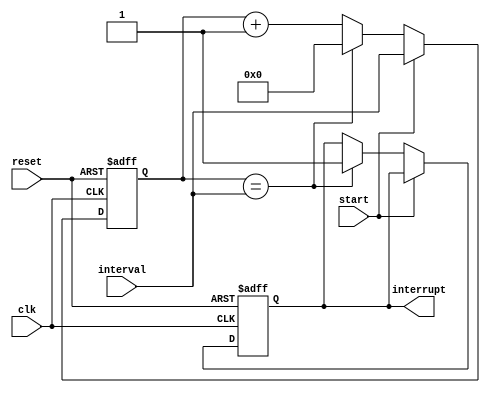
module interval_timer (
    input wire clk,
    input wire reset,
    input wire start,
    input wire [31:0] interval,
    output wire interrupt
);

reg [31:0] count;
reg sync_reset;

always @ (posedge clk or posedge reset) begin
    if (reset) begin
        count <= 32'd0;
        interrupt <= 1'b0;
    end else begin
        if (start) begin
            count <= interval;
        end else begin
            count <= count + 32'd1;
            if (count == interval) begin
                interrupt <= 1'b1;
                count <= 32'd0;
            end
        end
    end
end

always @ (posedge clk) begin
    sync_reset <= reset;
end

endmodule